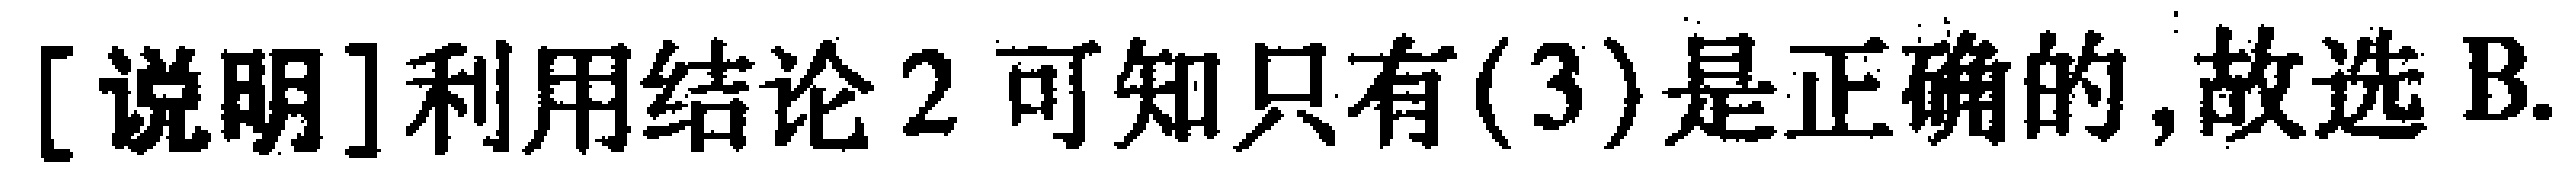
[说明]利用结论 2 可知只有(3)是正确的,故选 B.